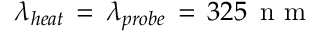
\lambda _ { h e a t } \, = \, \lambda _ { p r o b e } \, = \, 3 2 5 \, \mathrm { ~ n ~ m ~ }